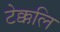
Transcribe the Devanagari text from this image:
टेक्कलि